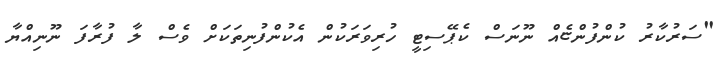
"ސަރުކާރު ކުންފުންޏެއް ނޫނަސް ކެޕޭސިޓީ ހުރިވަރަކުން އެކުންފުނިތަކަށް ވެސް ލާ ފުރާފަ ނޫނިއްޔާ